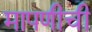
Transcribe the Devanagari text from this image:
मापणीची